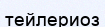
тейлериоз